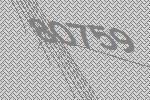
80759